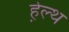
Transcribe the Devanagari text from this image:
हे़ल्थ